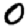
Digit: 0